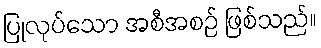
ပြုလုပ်သော အစီအစဉ် ဖြစ်သည်။